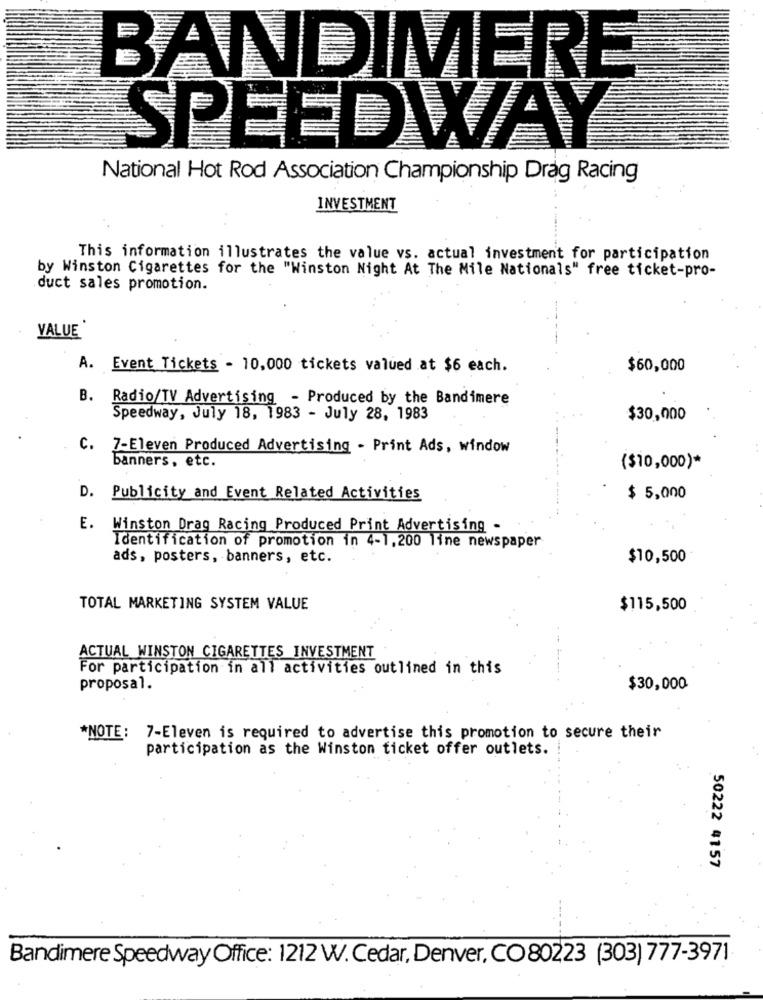
BANDIMERE
SPEEDWAY
National Hot Rod Association Championship Drag Racing
INVESTMENT
This information illustrates the value vs. actual investment for participation
by Winston Cigarettes for the "Winston Night At The Mile Nationals" free ticket-pro-
duct sales promotion.
VALUE*
A. Event Tickets - 10,000 tickets valued at $6 each.
$60,000
B. Radio/TV Advertising - Produced by the Bandimere
Speedway, July 18, 1983 - July 28, 1983
$30,000
c.
7-Eleven Produced Advertising - Print Ads, window
banners, etc.
($10,000)*
D.
Publicity and Event Related Activities
$ 5,000
E. Winston Drag Racing Produced Print Advertising -
Identification of promotion in 4-1,200 line newspaper
ads, posters, banners, etc.
$10,500
TOTAL MARKETING SYSTEM VALUE
$115,500
ACTUAL WINSTON CIGARETTES INVESTMENT
For participation in all activities outlined in this
proposal.
$30,000
*NOTE: 7-Eleven is required to advertise this promotion to secure their
participation as the Winston ticket offer outlets.
50222 4157
Bandimere Speedway Office: 1212 W. Cedar, Denver, CO 80223 (303) 777-3971